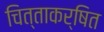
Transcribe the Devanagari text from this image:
चित्ताकर्षित